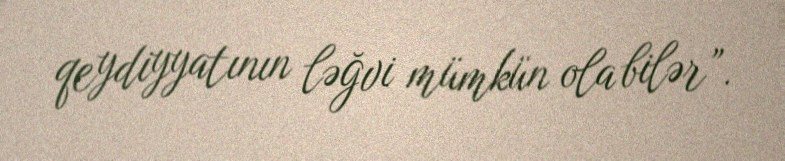
qeydiyyatının ləğvi mümkün ola bilər”.